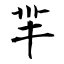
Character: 羋